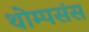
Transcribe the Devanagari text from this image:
थोम्पसंस